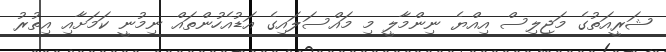
ޝަރީއަތުގެ މަޖިލިސް އިއްޔެ ނިންމާލީ މި މައްސަލައިގެ އަޑުއެހުންތައް ނިމުނީ ކަމަށާއި އިތުރު